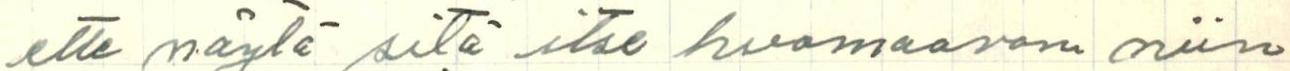
ette näytä sitä itse huomaavan niin